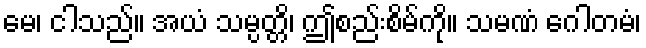
မေ၊ ငါသည်။ အယံ သမ္ပတ္တိ၊ ဤစည်းစိမ်ကို။ သမဏံ ဂေါတမံ၊